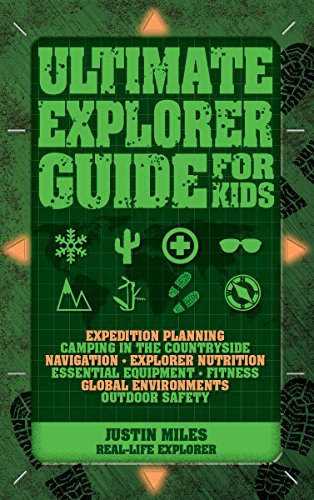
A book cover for Ultimate Explorer Guide for Kids; Justin Miles; Children's Books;